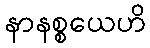
နာနစ္စယေဟိ